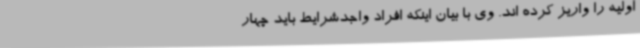
اولیه را واریز کرده اند. وی با بیان اینکه افراد واجدشرایط باید چهار